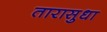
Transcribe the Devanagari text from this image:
तारासुधा